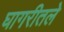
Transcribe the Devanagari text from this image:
घागरीतले